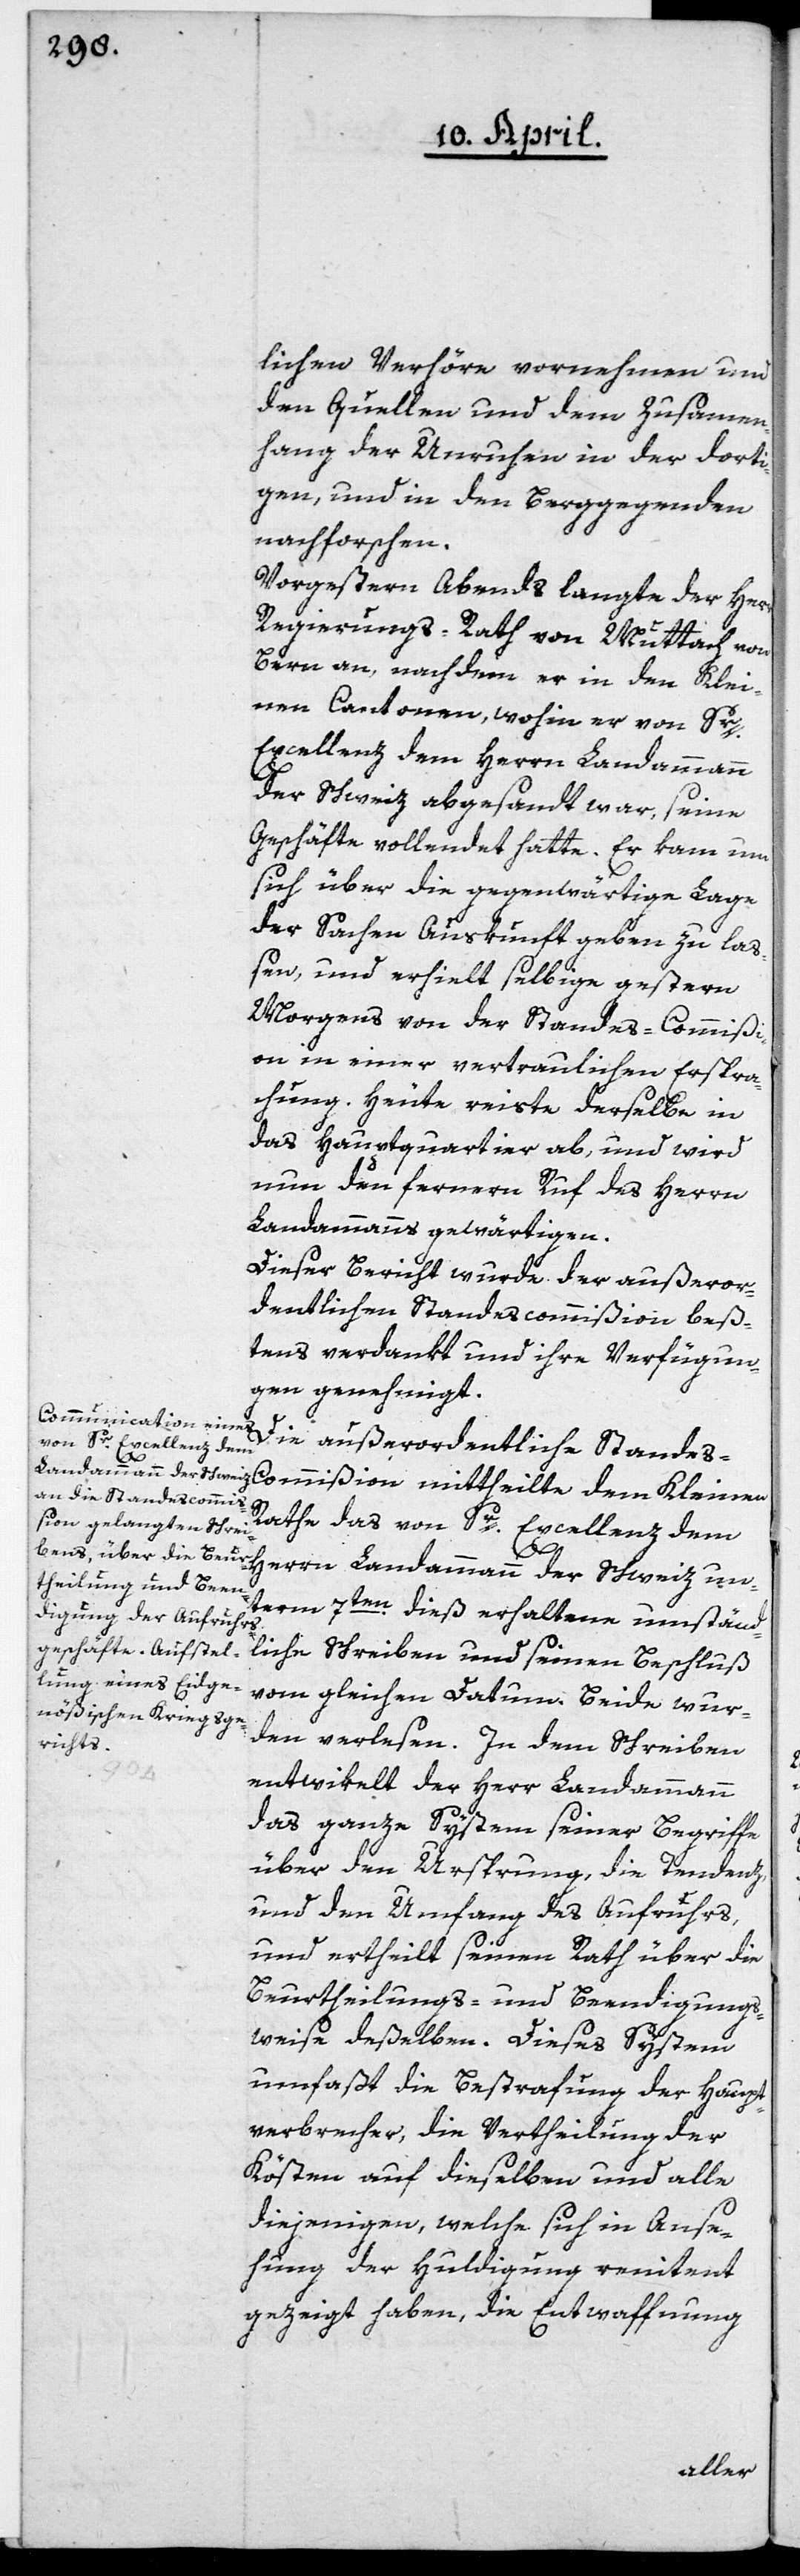
lichen Verhöre vornehmen und
den Quellen und dem Zusammen¬
hang der Unruhen in der dorti¬
gen, und in den Berggegenden
nachforschen.
Vorgestern Abends langte der Herr
Regierungs-Rath von Muttach von
Bern an, nachdem er in den Klei¬
nen Cantonen, wohin er von Sr.
Excellenz dem Herrn Landammann
Geschäfte vollendet hatte. Er kam, um
sich über die gegenwärtige Lage
der Sachen Auskunft geben zu laß¬
en, und erhielt selbige gestern
Morgens von der Standes-Commißi¬
on in einer vertraulichen Erspra¬
chung. Heute reiste derselbe in
das Hauptquartier ab, und wird
nun den fernern Ruf des Herrn
Landammanns gewärtigen.
Dieser Bericht wurde der außeror¬
dentlichen Standescommißion beß¬
tens verdankt und ihre Verfügun¬
gen genehmigt.
Die außerordentliche Stande¬
s-Commißion mittheilte dem Kleinen
Rathe das von Sr Excellenz dem
Herrn Landammann der Schweiz un¬
term 7ten dieß erhaltene umständ¬
liche Schreiben und seinen Beschluß
vom gleichen Datum. Beide wur¬
den verlesen. In dem Schreiben
entwikelt der Herr Landammann
das ganze System seiner Begriffe
über den Ursprung, die Tendenz
und den Umfang des Aufruhrs,
und ertheilt seinen Rath über die
Beurtheilungs- und Beendigungs-W¬
eise deßelben. Dieses System
umfaßt die Bestrafung der Haupt¬
verbrecher, die Vertheilung der
Kösten auf dieselben und alle
diejenigen, welche sich in Anse¬
hung der Huldigung renitent
gezeigt haben, die Entwaffnung